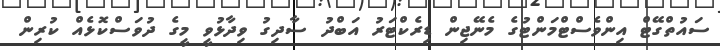
ސައުތްގޭޓް އިންވެސްޓްމަންޓުގެ މެނޭޖިން ޑިރެކްޓަރު އަބްދު ސާދިގު ވިދާޅުވީ މީގެ ދުވަސްކޮޅެއް ކުރިން